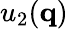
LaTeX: u_{2}(\mathbf{q})